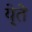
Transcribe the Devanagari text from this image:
ये्ते